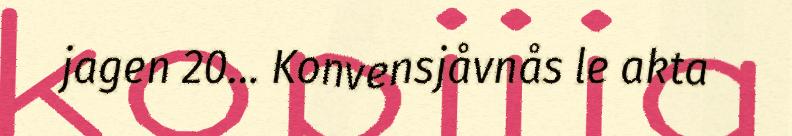
jagen 20… Konvensjåvnås le akta